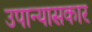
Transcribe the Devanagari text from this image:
उपान्यासकार